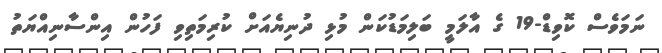
ނަމަވެސް ކޮވިޑް-19 ގެ އާލަމީ ބަލިމަޑުކަން މުޅި ދުނިޔެއަށް ކުރިމަތިވި ފަހުން އިންސާނިއްޔަތު